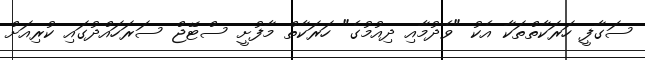
ސަގާފީ ހަރަކާތްތަކާ އެކު "ވެދުމާއި ދިއުމުގެ" ހަރަކާތް މާފުށީ ސްޓޭޖް ސަރަހައްދުގައި ކުރިއަށް